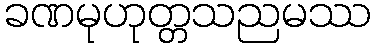
ခဏမုဟုတ္တသညမဿ